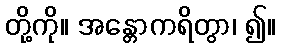
တို့ကို။ အန္တောကရိတွာ၊ ၍။